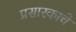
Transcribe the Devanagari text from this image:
प्रसारकाचे